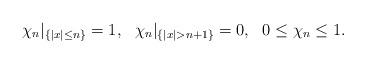
LaTeX: \begin{align*}\chi_n|_{\{|x|\leq n\}}=1,\ \ \chi_n|_{\{|x|>n+1\}}=0, \ \ 0\leq\chi_n\leq 1.\end{align*}